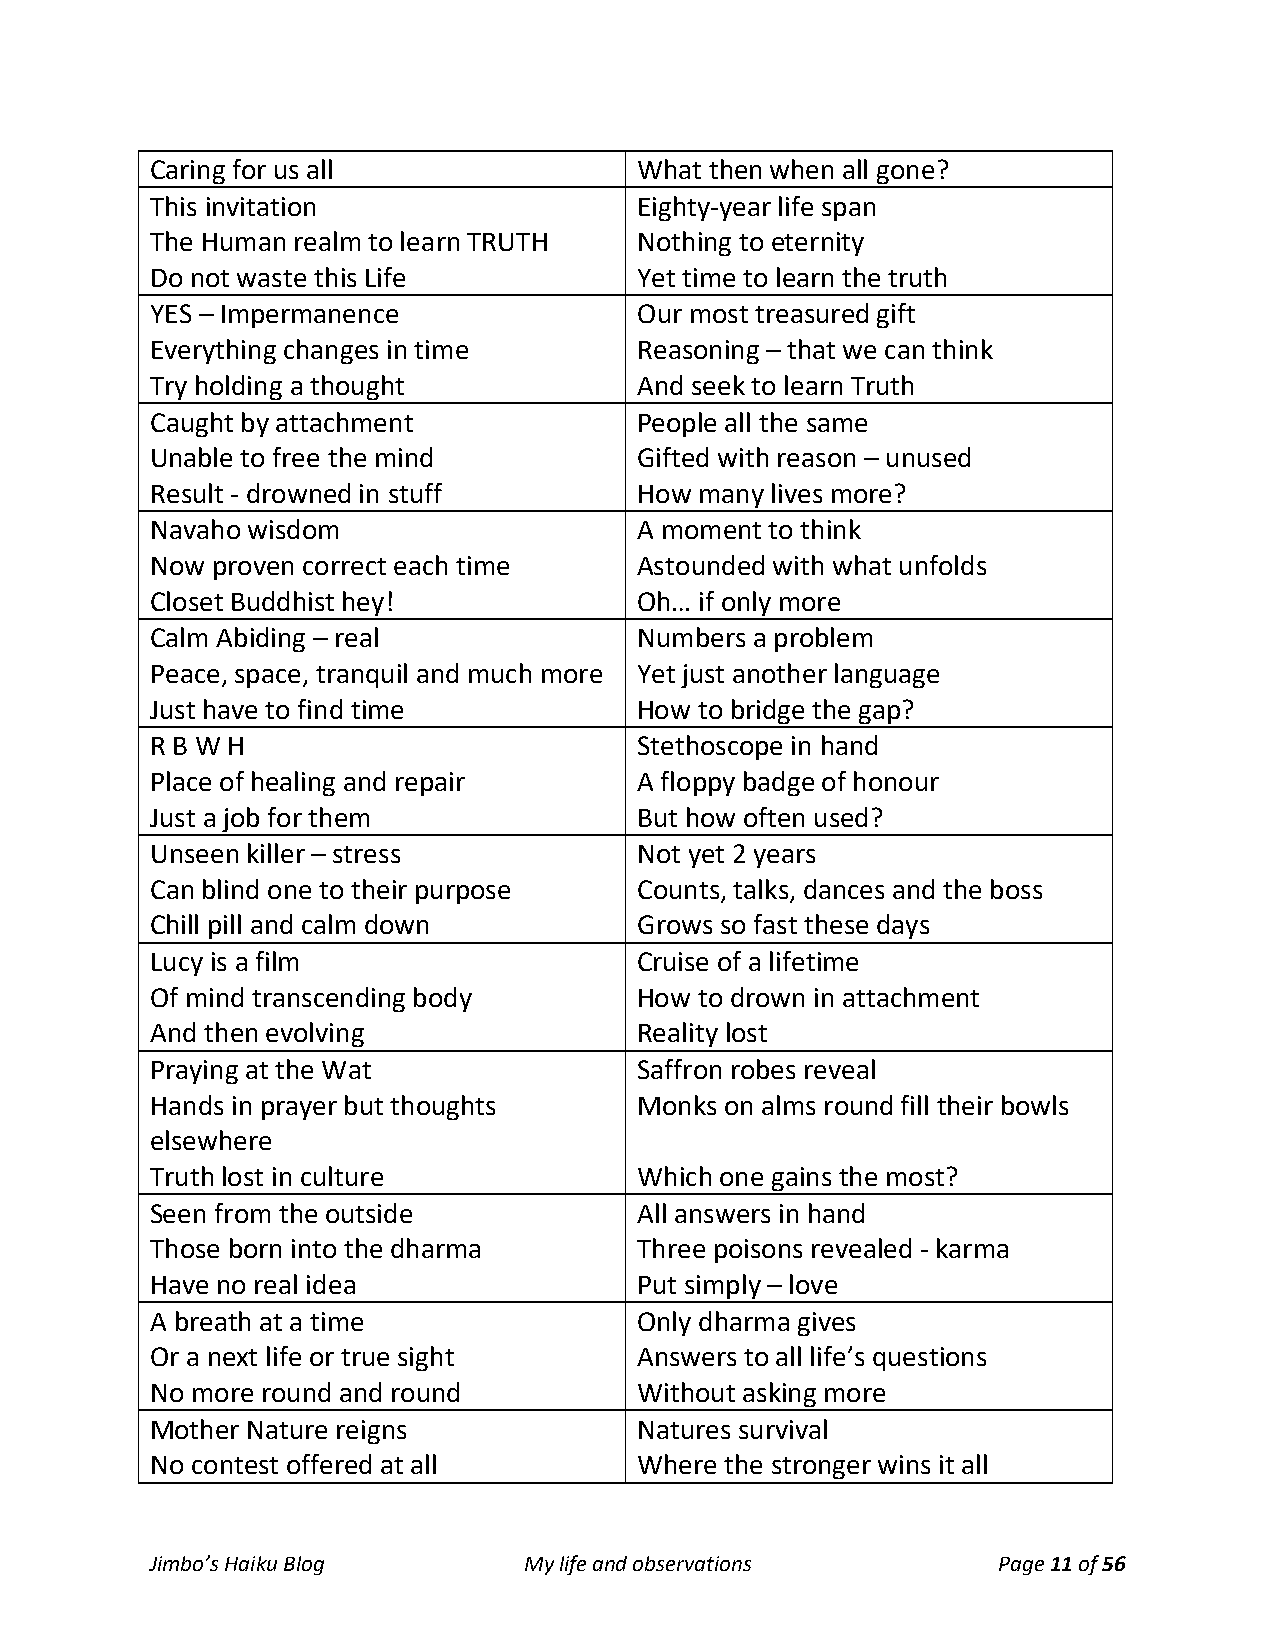
Caring for us all               What then when all gone?
 This invitation                 Eighty-year life span
 The Human realm to learn TRUTH  Nothing to eternity
 Do not waste this Life          Yet time to learn the truth
 YES – Impermanence              Our most treasured gift
 Everything changes in time      Reasoning – that we can think
 Try holding a thought           And seek to learn Truth
 Caught by attachment            People all the same
 Unable to free the mind         Gifted with reason – unused
 Result - drowned in stuff       How many lives more?
 Navaho wisdom                   A moment to think
 Now proven correct each time    Astounded with what unfolds
 Closet Buddhist hey!            Oh… if only more
 Calm Abiding – real             Numbers a problem
 Peace, space, tranquil and much more Yet just another language
 Just have to find time          How to bridge the gap?
 R B W H                         Stethoscope in hand
 Place of healing and repair     A floppy badge of honour
 Just a job for them             But how often used?
 Unseen killer – stress          Not yet 2 years
 Can blind one to their purpose  Counts, talks, dances and the boss
 Chill pill and calm down        Grows so fast these days
 Lucy is a film                  Cruise of a lifetime
 Of mind transcending body       How to drown in attachment
 And then evolving               Reality lost
 Praying at the Wat              Saffron robes reveal
 Hands in prayer but thoughts    Monks on alms round fill their bowls
 elsewhere
 Truth lost in culture           Which one gains the most?
 Seen from the outside           All answers in hand
 Those born into the dharma      Three poisons revealed - karma
 Have no real idea               Put simply – love
 A breath at a time              Only dharma gives
 Or a next life or true sight    Answers to all life’s questions
 No more round and round         Without asking more
 Mother Nature reigns            Natures survival
 No contest offered at all       Where the stronger wins it all
 Jimbo’s Haiku Blog       My life and observations       Page 11 of 56